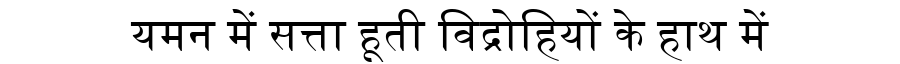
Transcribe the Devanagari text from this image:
यमन में सत्ता हूती विद्रोहियों के हाथ में